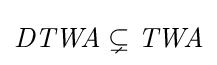
{\mathit {DTWA}}\subsetneq {\mathit {TWA}}